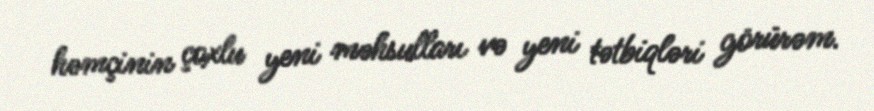
həmçinin çoxlu yeni məhsulları və yeni tətbiqləri görürəm.